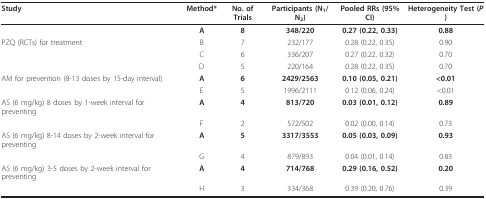
<table><thead><tr><td><b>Study</b></td><td><b>Method*</b></td><td><b>No. of Trials</b></td><td><b>Participants (N<sub>1</sub>/N<sub>2</sub>)</b></td><td><b>Pooled RRs (95%CI)</b></td><td><b>Heterogeneity Test (<i>P </i>)</b></td></tr></thead><tbody><tr><td></td><td><b>A</b></td><td><b>8</b></td><td><b>348/220</b></td><td><b>0.27 (0.22, 0.33)</b></td><td><b>0.88</b></td></tr><tr><td>PZQ (RCTs) for treatment</td><td>B</td><td>7</td><td>232/177</td><td>0.28 (0.22, 0.35)</td><td>0.90</td></tr><tr><td></td><td>C</td><td>6</td><td>336/207</td><td>0.27 (0.22, 0.32)</td><td>0.70</td></tr><tr><td></td><td>D</td><td>5</td><td>220/164</td><td>0.28 (0.22, 0.35)</td><td>0.70</td></tr><tr><td>AM for prevention (8-13 doses by 15-day interval)</td><td><b>A</b></td><td><b>6</b></td><td><b>2429/2563</b></td><td><b>0.10 (0.05, 0.21)</b></td><td><b>&lt;0.01</b></td></tr><tr><td></td><td>E</td><td>5</td><td>1996/2111</td><td>0.12 (0.06, 0.24)</td><td>&lt;0.01</td></tr><tr><td>AS (6 mg/kg) 8 doses by 1-week interval for preventing</td><td><b>A</b></td><td><b>4</b></td><td><b>813/720</b></td><td><b>0.03 (0.01, 0.12)</b></td><td><b>0.89</b></td></tr><tr><td></td><td>F</td><td>2</td><td>572/502</td><td>0.02 (0.00, 0.14)</td><td>0.73</td></tr><tr><td>AS (6 mg/kg) 8-14 doses by 2-week interval for preventing</td><td><b>A</b></td><td><b>5</b></td><td><b>3317/3553</b></td><td><b>0.05 (0.03, 0.09)</b></td><td><b>0.93</b></td></tr><tr><td></td><td>G</td><td>4</td><td>879/893</td><td>0.04 (0.01, 0.14)</td><td>0.83</td></tr><tr><td>AS (6 mg/kg) 3-5 doses by 2-week interval for preventing</td><td><b>A</b></td><td><b>4</b></td><td><b>714/768</b></td><td><b>0.29 (0.16, 0.52)</b></td><td><b>0.20</b></td></tr><tr><td></td><td>H</td><td>3</td><td>334/368</td><td>0.39 (0.20, 0.76)</td><td>0.39</td></tr></tbody></table>